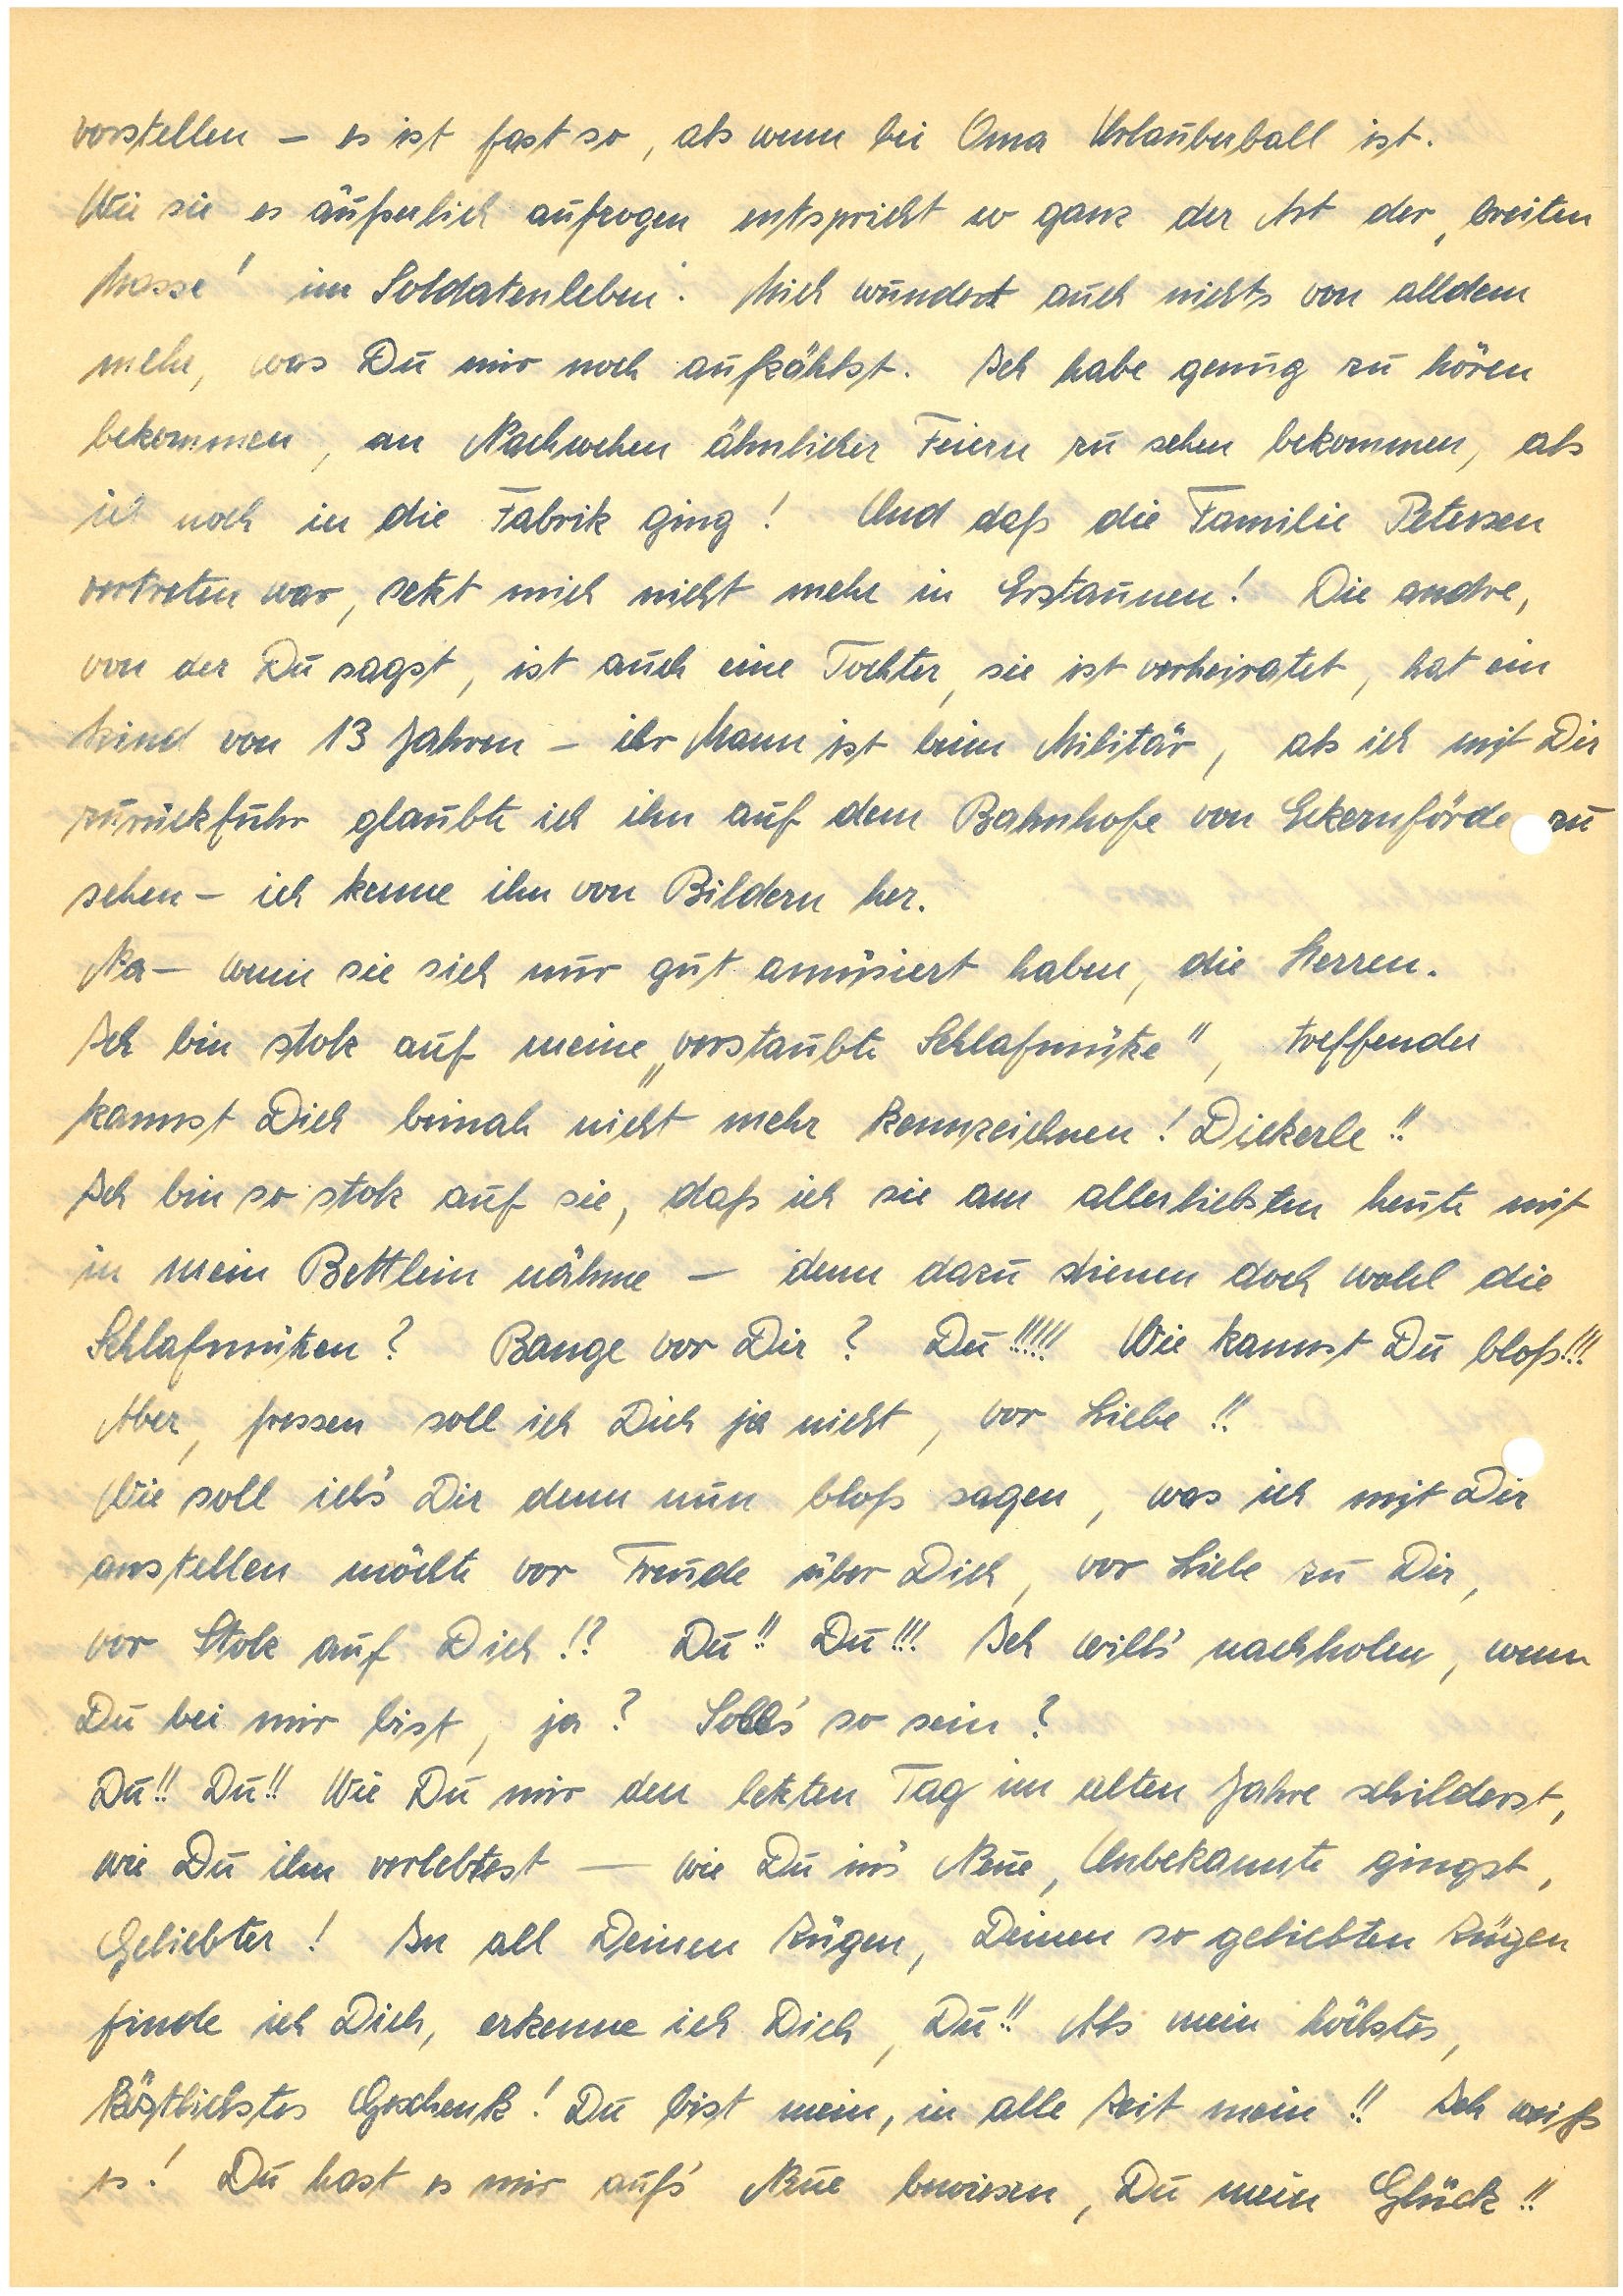
vorstellen – es ist fast so, als wenn bei Oma Urlauberball ist.
Wie sie es äußerlich aufzogen entspricht so ganz der Art der ,breiten
Masse’ im Soldatenleben: Mich wundert auch nichts von alldem
mehr, was Du mir noch aufzählst. Ich habe genug zu hören
bekommen, an Nachwehen ähnlicher Feiern zu sehen bekommen, als
ich noch in die Fabrik ging! Und daß die Familie Petersen
vertreten war, setzt mich nicht mehr in Erstaunen! Die andre,
von der Du sagst, ist auch eine Tochter, sie ist verheiratet, hat ein
Kind von 13 Jahren – ihr Mann ist beim Militär, als ich mit Dir
zurückfuhr glaubte ich ihn auf dem Bahnhofe von Eckernförde zu
sehen – ich kenne ihn von Bildern her.
Na – wenn sie sich nur gut amüsiert haben, die Herren.
Ich bin stolz auf meine „verstaubte Schlafmütze“, treffender
kannst Dich beinah nicht mehr kennzeichnen! Dickerle!!
Ich bin so stolz auf sie, daß ich sie am allerliebsten heute mit
in mein Bettlein nähme — denn dazu dienen doch wohl die
Schlafmützen? Bange vor Dir? Du!!!!! Wie kannst Du bloß!!!
Aber, fressen soll ich Dich ja nicht, vor Liebe!!
Wie soll ich’s Dir denn nun bloß sagen, was ich mit Dir
anstellen möchte vor Freude über Dich, vor Liebe zu Dir,
vor Stolz auf Dich!? Du!! Du!!! Ich will’s nachholen, wenn
Du bei mir bist, ja? Soll’s so sein?
Du!! Du!! Wie Du mir den letzten Tag im alten Jahre schilderst,
wie Du ihn verlebtest — wie Du in’s Neue, Unbekannte gingst,
Geliebter! In all Deinen Zügen, Deinen so geliebten Zügen
finde ich Dich, erkenne ich Dich, Du!! Als mein höchstes,
köstlichstes Geschenk! Du bist mein, in alle Zeit mein!! Ich weiß
es! Du hast es mir auf’s Neue bewiesen, Du mein Glück!!